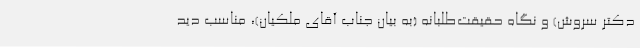
دکتر سروش) و نگاه حقیقت‌طلبانه (به بیان جناب آقای ملکیان)، مناسب دید